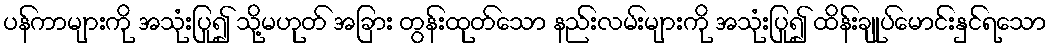
ပန်ကာများကို အသုံးပြု၍ သို့မဟုတ် အခြား တွန်းထုတ်သော နည်းလမ်းများကို အသုံးပြု၍ ထိန်းချုပ်မောင်းနှင်ရသော